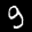
Label: 9